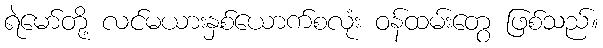
ရဲမော်တို့ လင်မယားနှစ်ယောက်စလုံး ဝန်ထမ်းတွေ ဖြစ်သည်။